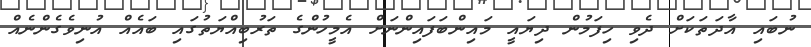
ނުބައި އާދަތަކަށް ދެވި ހިފަމުން ދިޔައީ މައިންބަފައިންނަށް އެމީހުންގެ ތަރުބިއްޔަތުގައި ބައެއް އުނިވެގެންނެއް